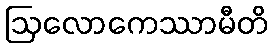
ဩလောကေဿာမီတိ